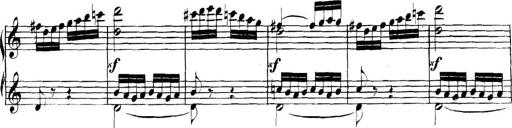
Title: Collected Piano Sonatas
Composer: Muzio Clementi